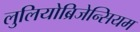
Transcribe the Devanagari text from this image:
लुलियोब्रिजेन्सियम